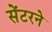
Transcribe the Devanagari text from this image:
सेंटरने